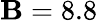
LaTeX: \mathbf{B}=8.8